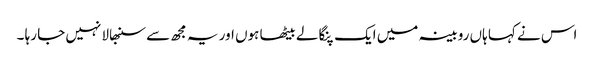
اس نے کہا ہاں روبینہ میں ایک پنگا لے بیٹھا ہوں اور یہ مجھ سے سنبھالا نہیں جا رہا ۔